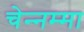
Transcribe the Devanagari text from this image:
चेन्‍नम्‍मा